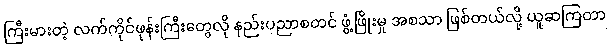
ကြီးမားတဲ့ လက်ကိုင်ဖုန်းကြီးတွေလို နည်းပညာစတင် ဖွံ့ဖြိုးမှု အစသာ ဖြစ်တယ်လို့ ယူဆကြတာ